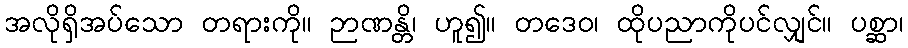
အလိုရှိအပ်သော တရားကို။ ဉာဏန္တိ၊ ဟူ၍။ တဒေဝ၊ ထိုပညာကိုပင်လျှင်။ ပစ္ဆာ၊